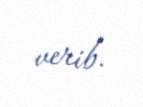
verib.